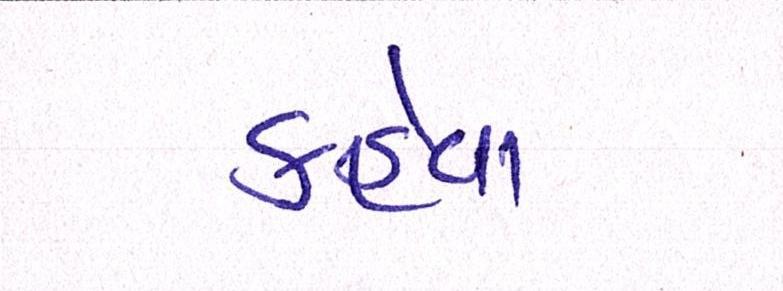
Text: કહેવા